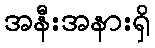
အနီးအနားရှိ